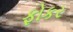
ફોકર